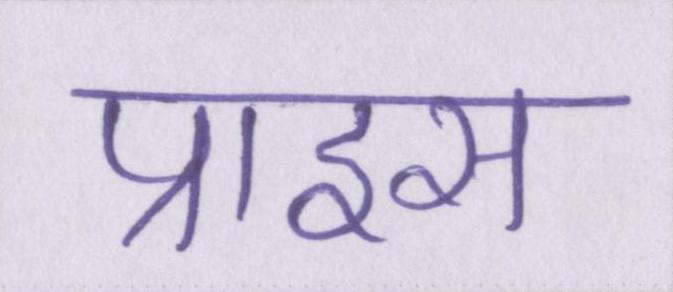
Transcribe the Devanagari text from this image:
प्राइस